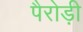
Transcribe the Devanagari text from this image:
पैरोड़ी